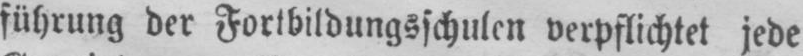
führung der Fortbildungsschulen verpflichtet jede